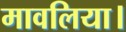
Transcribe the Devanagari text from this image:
मावलिया।